65_HS1-834228961_62-HQ-83894_Section_9
Agency: FBI
Page 226
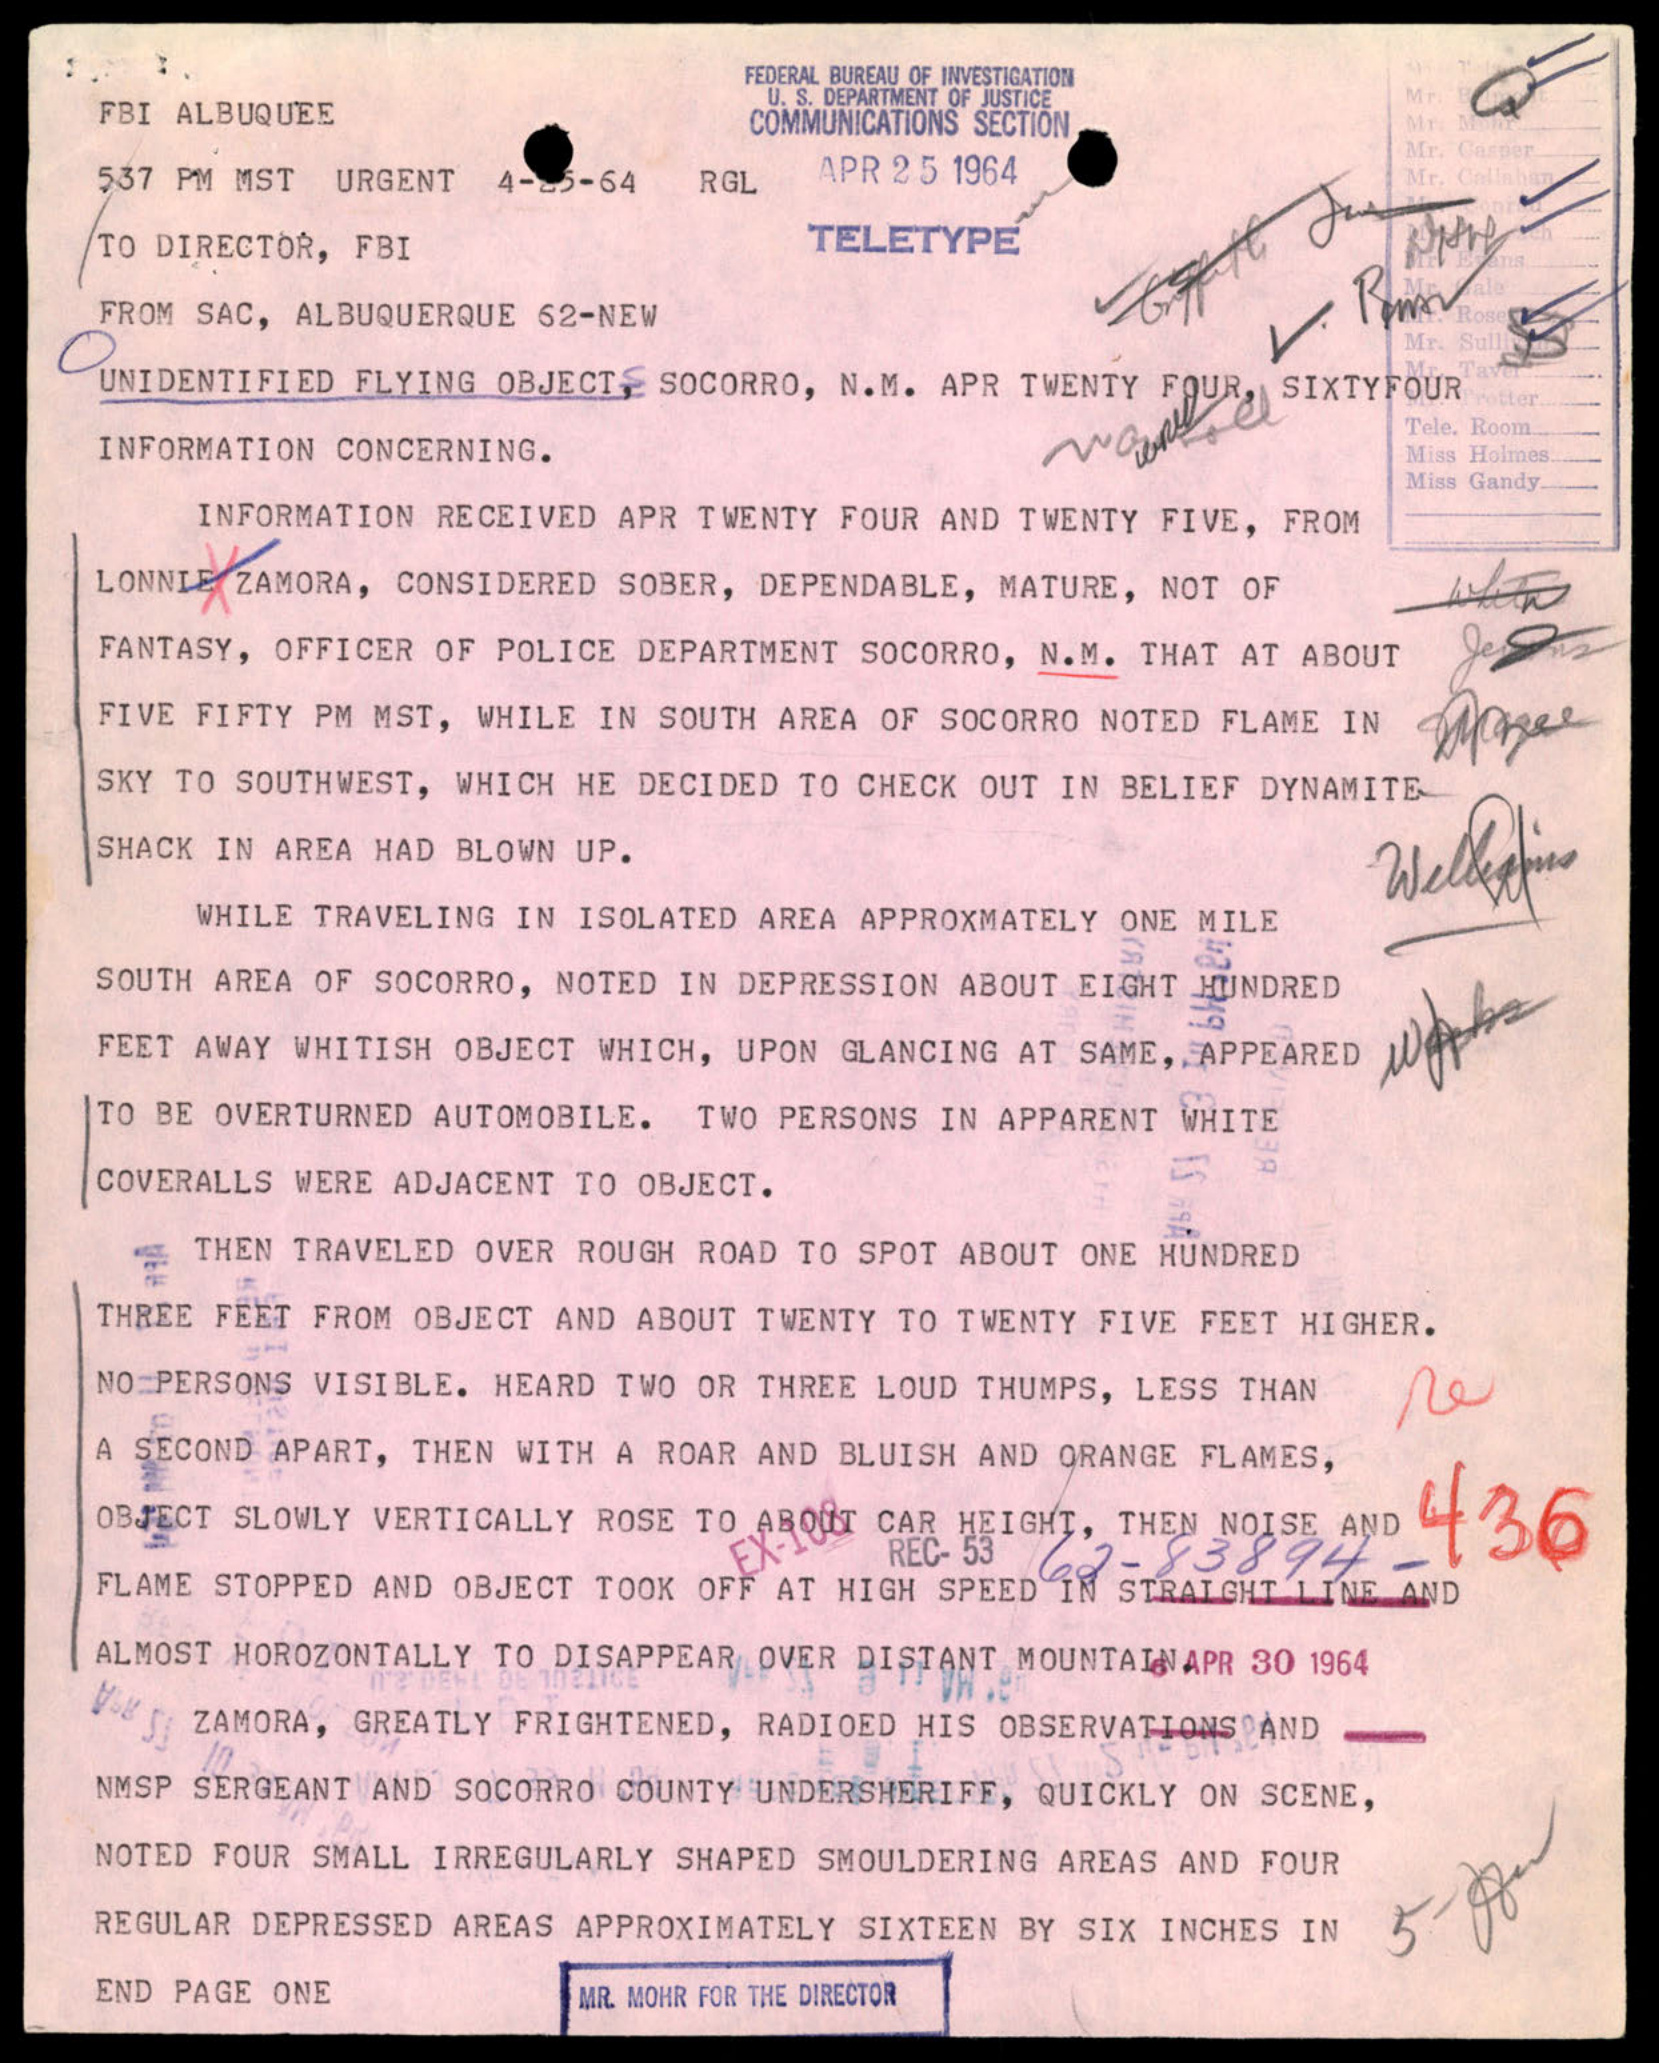